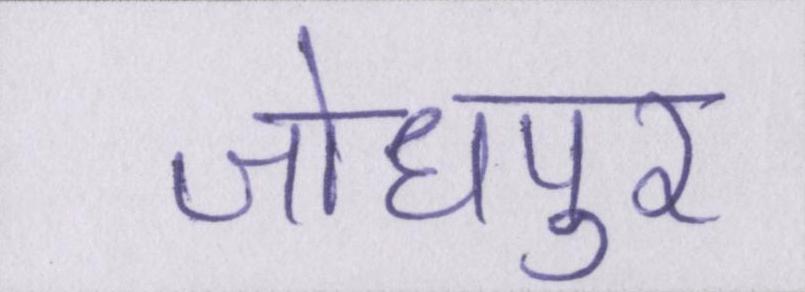
जोधपुर